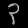
Digit: ၃